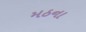
મઠના